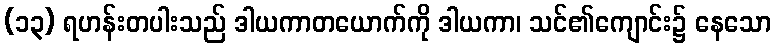
(၁၃) ရဟန်းတပါးသည် ဒါယကာတယောက်ကို ဒါယကာ၊ သင်၏ကျောင်း၌ နေသော